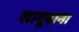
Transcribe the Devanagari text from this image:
सागूदाना